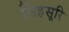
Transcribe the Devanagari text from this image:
सिंहसूरि